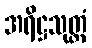
အရိဋ္ဌသုတ္တံ